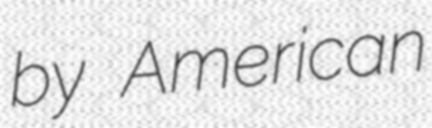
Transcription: by American